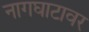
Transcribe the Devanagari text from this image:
नागघाटावर